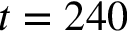
t = 2 4 0